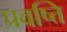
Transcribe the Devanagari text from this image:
प्रवष्त्ति